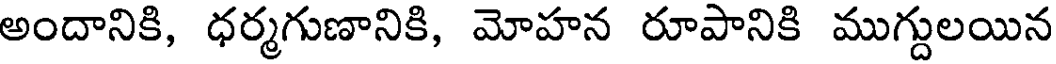
అందానికి, ధర్మగుణానికి, మోహన రూపానికి ముగ్దులయిన